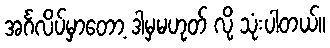
အင်္ဂလိပ်မှာတော့ ဒါမှမဟုတ် လို့ သုံးပါတယ်။